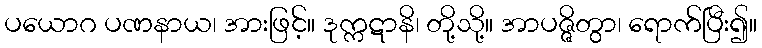
ပယောဂ ပဏနာယ၊ အားဖြင့်။ ဒုက္ကဋာနိ၊ တို့သို့။ အာပဇ္ဇိတွာ၊ ရောက်ပြီး၍။